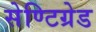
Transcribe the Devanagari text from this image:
सेण्टिग्रेड